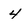
Character: 4